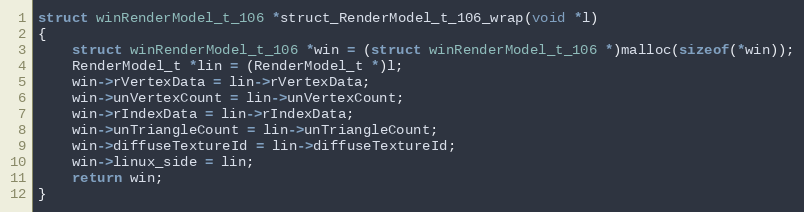
Language: C++
struct winRenderModel_t_106 *struct_RenderModel_t_106_wrap(void *l)
{
    struct winRenderModel_t_106 *win = (struct winRenderModel_t_106 *)malloc(sizeof(*win));
    RenderModel_t *lin = (RenderModel_t *)l;
    win->rVertexData = lin->rVertexData;
    win->unVertexCount = lin->unVertexCount;
    win->rIndexData = lin->rIndexData;
    win->unTriangleCount = lin->unTriangleCount;
    win->diffuseTextureId = lin->diffuseTextureId;
    win->linux_side = lin;
    return win;
}